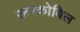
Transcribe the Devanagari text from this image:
ऊरकोबिल